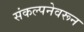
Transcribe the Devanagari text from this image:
संकल्पनेवरून